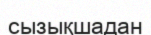
сызықшадан